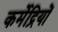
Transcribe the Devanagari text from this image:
कर्मेद्रियों